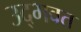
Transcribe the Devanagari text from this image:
उद्‌भवत